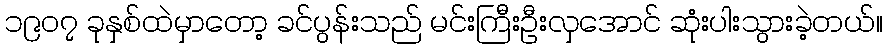
၁၉၀၇ ခုနှစ်ထဲမှာတော့ ခင်ပွန်းသည် မင်းကြီးဦးလှအောင် ဆုံးပါးသွားခဲ့တယ်။